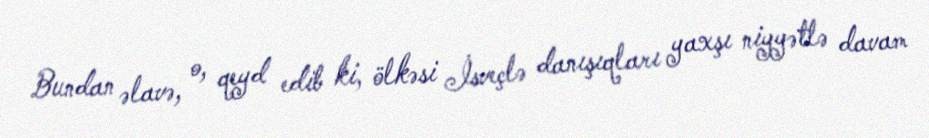
Bundan əlavə, o, qeyd edib ki, ölkəsi İsveçlə danışıqları yaxşı niyyətlə davam